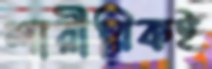
শারীরিকই